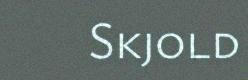
Skjold